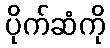
ပိုက်ဆံကို